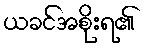
ယခင်အစိုးရ၏